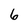
Character: 6